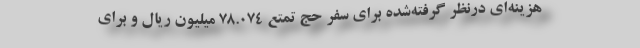
هزینه‌ای درنظر گرفته‌شده برای سفر حج تمتع ۷۸.۰۷۴ میلیون ریال و برای